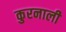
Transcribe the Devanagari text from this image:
कुरनाली